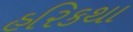
હરિકથા